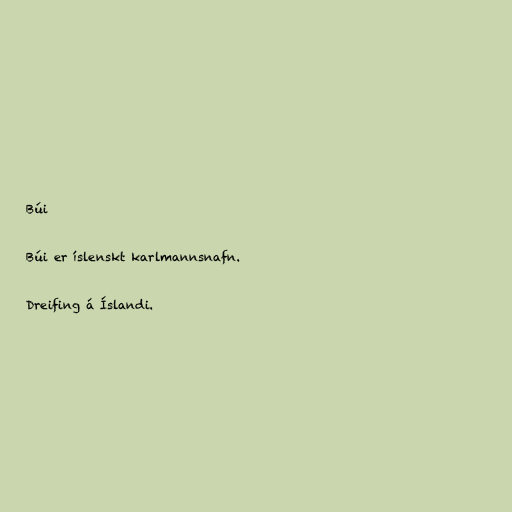
Búi

Búi er íslenskt karlmannsnafn.

Dreifing á Íslandi.